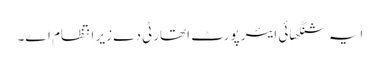
ایہ شنگھائی ایئر پورٹ اتھارٹی دے زیر انتظام ا‏‏ے۔